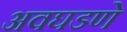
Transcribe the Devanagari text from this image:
अवघडणे